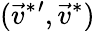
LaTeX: (\vec{v}^{*}{}^{\prime},\vec{v}^{*})